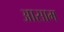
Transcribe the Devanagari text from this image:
अासाम